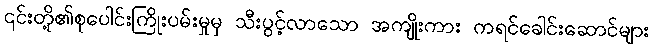
၎င်းတို့၏စုပေါင်းကြိုးပမ်းမှုမှ သီးပွင့်လာသော အကျိုးကား ကရင်ခေါင်းဆောင်များ